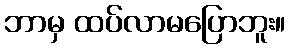
ဘာမှ ထပ်လာမပြောဘူး။